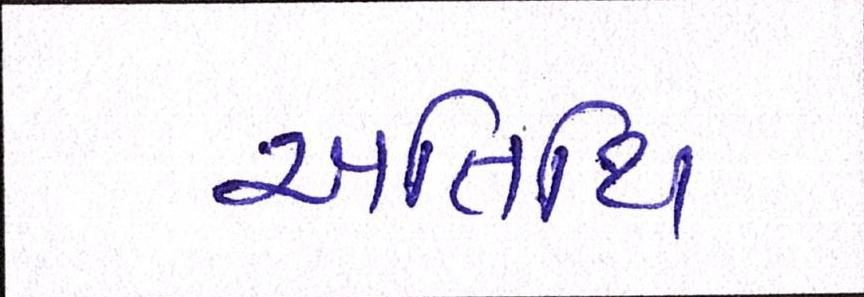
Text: અતિથિ